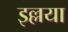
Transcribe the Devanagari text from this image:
इल्लया